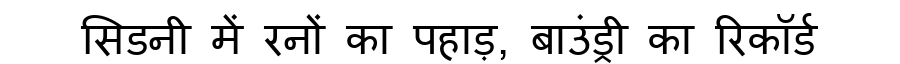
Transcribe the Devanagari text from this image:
सिडनी में रनों का पहाड़, बाउंड्री का रिकॉर्ड